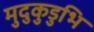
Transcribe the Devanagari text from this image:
मुदुकुडुभि